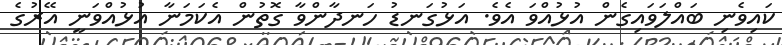
ކައިވެނި ބައްލަވައިގެން އުޅުއްވަ އެވެ. އަޅުގަނޑު ހަނދާންވާ ގޮތުން އެކަމަނާ އުޅުއްވަނީ އޭރުގެ